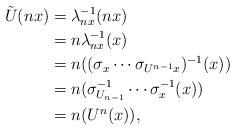
LaTeX: \begin{align*}\tilde{U}(nx) &= \lambda_{nx}^{-1}(nx)\\&= n\lambda_{nx}^{-1}(x)\\&= n((\sigma_{x}\cdots\sigma_{U^{n-1}x})^{-1}(x))\\&= n(\sigma_{U_{n-1}}^{-1}\cdots\sigma_{x}^{-1}(x))\\&= n(U^{n}(x)),\end{align*}